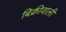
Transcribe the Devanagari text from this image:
बिक्रीवाली